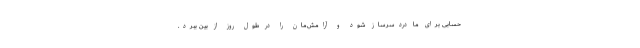
حسابی برای ما دردسرساز شود و آرامش‌مان را در طول روز از بین ببرد.